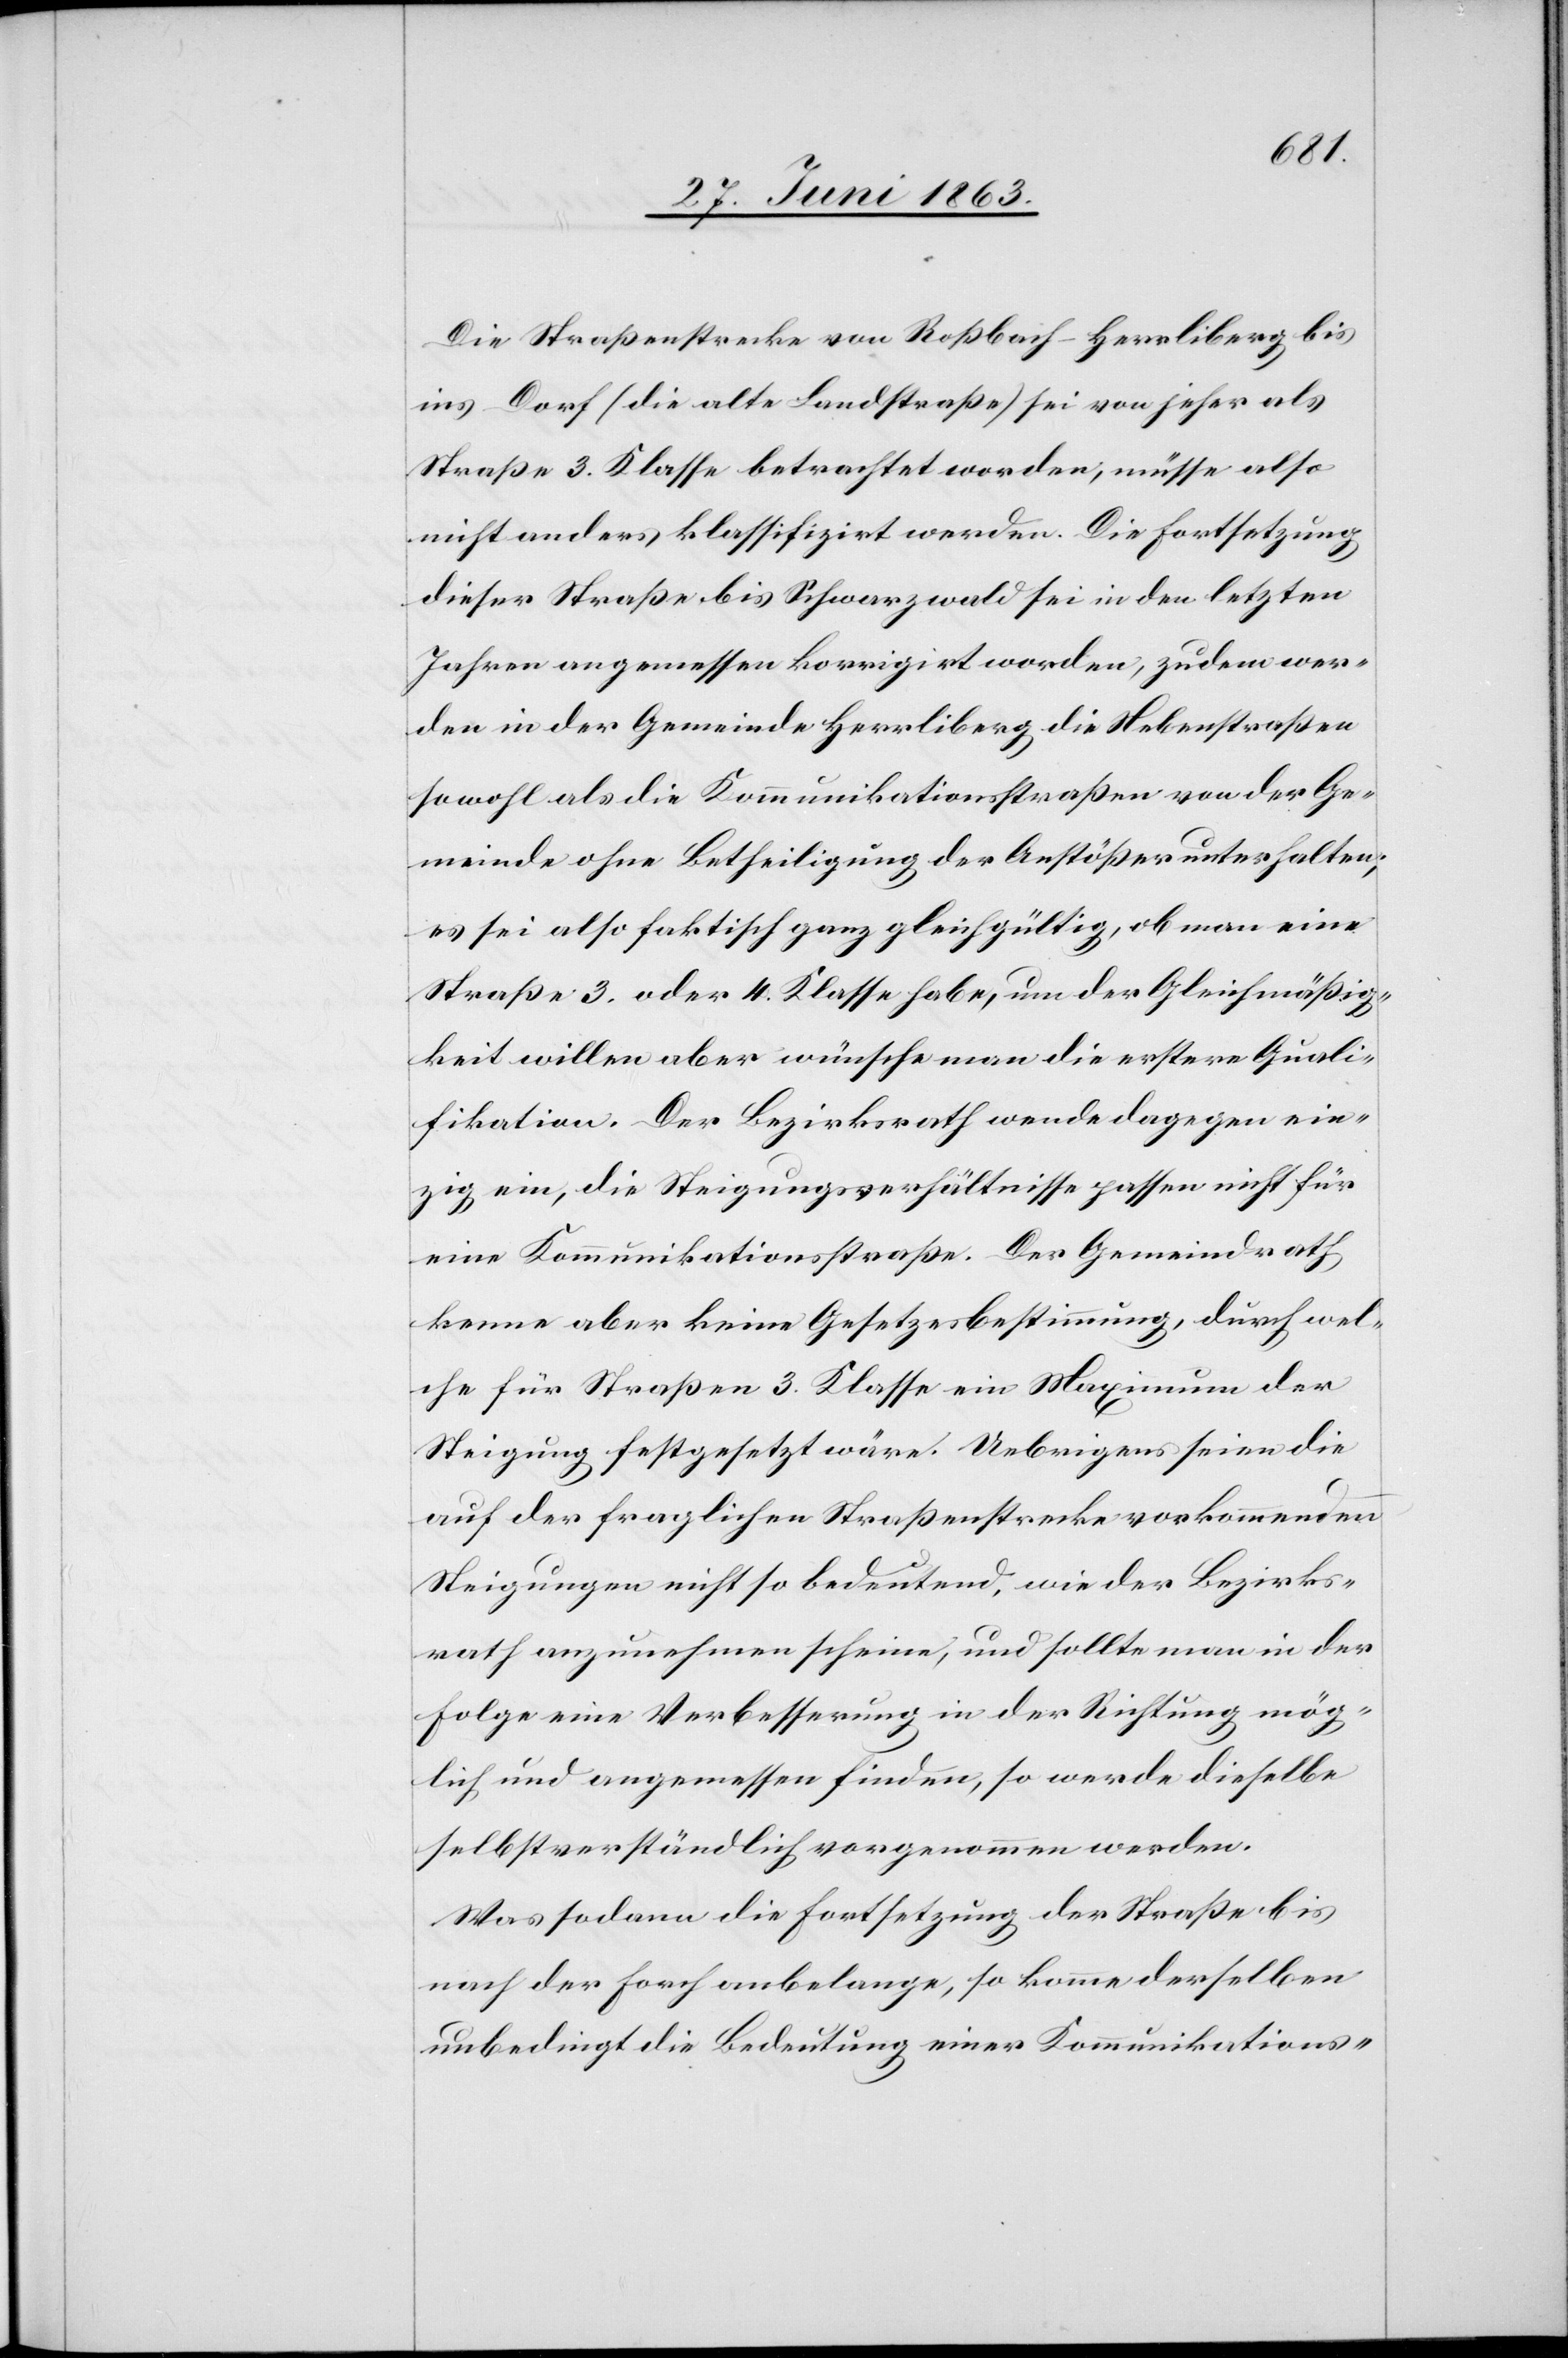
Die Straßenstrecke von Roßbach–Herrliberg bis
ins Dorf (die alte Landstraße) sei von jeher als
Straße 3. Klasse betrachtet worden, müsse also
nicht anders klassifizirt werden. Die Fortsetzung
dieser Straße bis Schwarzwald sei in den letzten
Jahren angemessen korrigirt worden, zudem wer¬
den in der Gemeinde Herrliberg die Nebenstraßen
sowohl als die Kommunikationsstraßen von der Ge¬
meinde ohne Betheiligung der Anstößer unterhalten;
es sei also faktisch ganz gleichgültig, ob man eine
Straße 3. oder 4. Klasse habe, um der Gleichmäßig¬
keit willen aber wünsche man die erstere Quali¬
fikation. Der Bezirksrath wende dagegen ein¬
zig ein, die Steigungsverhältnisse passen nicht für
eine Kommunikationsstraße. Der Gemeindrath
kenne aber keine Gesetzesbestimmung, durch wel¬
che für Straßen 3. Klasse ein Maximum der
Steigung festgesetzt wäre. Uebrigens seien die
auf der fraglichen Straßenstrecke vorkommenden
Steigungen nicht so bedeutend, wie der Bezirks¬
rath anzunehmen scheine, und sollte man in der
Folge eine Verbesserung in der Richtung mög¬
lich und angemessen finden, so werde dieselbe
selbstverständlich vorgenommen werden.
Was sodann die Fortsetzung der Straße bis
nach der Forch anbelange, so komme derselben
unbedingt die Bedeutung einer Kommunikations-